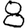
Digit: 8